Report of an investigation into the causes of the diseases known in Assam as Kála-Azár and Beri-Beri
Disease focus: Beri-Beri
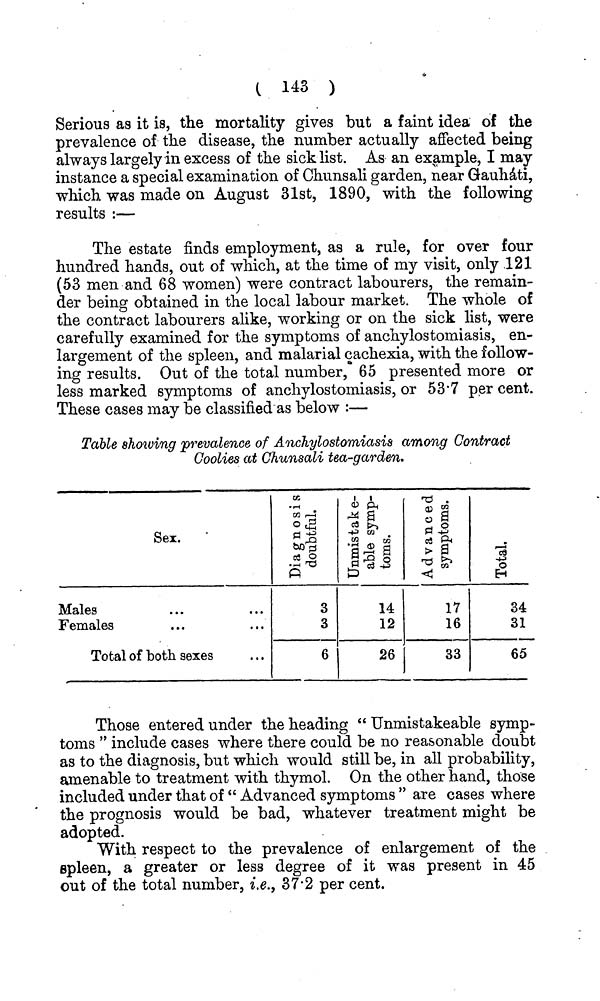
( 143 )
Serious as it is, the mortality gives but a faint idea of the
prevalence of the disease, the number actually affected being
always largely in excess of the sick list. As an example, I may
instance a special examination of Ohunsali garden, near Gauhati,
which was made on August 31st, 1890, with the following
results :—
The estate finds employment, as a rule, for over four
hundred hands, out of which, at the time of my visit, only 121
(53 men and 68 women) were contract labourers, the remain-
der being obtained in the local labour market. The whole of
the contract labourers alike, working or on the sick list, were
carefully examined for the symptoms of anchylostomiasis, en-
largement of the spleen, and malarial cachexia, with the follow-
ing results. Out of the total number, 65 presented more or
less marked symptoms of anchylostomiasis, or 53'7 per cent.
These cases may be classified as below :—
Table showing prevalence of Anchylostomiasis among Contract
Coolies at Chunsali tea-garden.
Sex.
Males
Females
Total of both sexes
3
3
6
14
12
26
17
16
33
34
31
65
Those entered under the heading " Unmistakeable symp-
toms " include cases where there could be no reasonable doubt
as to the diagnosis, but which would still be, in all probability,
amenable to treatment with thymol. On the other hand, those
included under that of " Advanced symptoms " are cases where
the prognosis would be bad, whatever treatment might be
adopted.
With respect to the prevalence of enlargement of the
spleen, a greater or less degree of it was present in 45
out of the total number, i.e., 37*2 per cent.